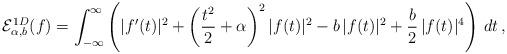
LaTeX: \begin{align*}\mathcal E^{1D}_{\alpha,b}(f)=\int_{-\infty}^\infty\left(|f'(t)|^2+\left(\frac{t^2}2+\alpha\right)^2|f(t)|^2-b\, |f(t)|^2+\frac{b}2\, |f(t)|^4\right)\,dt\,,\end{align*}